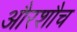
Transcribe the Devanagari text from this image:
औरशौच